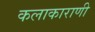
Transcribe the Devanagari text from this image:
कलाकाराणी